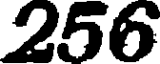
256